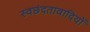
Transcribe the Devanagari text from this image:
स्वछंदतावादियों